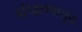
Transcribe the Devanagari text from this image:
हरिद्वारपासून